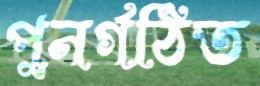
পুনর্গঠিত